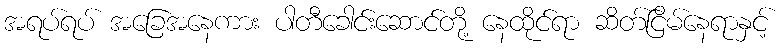
အရပ်ရပ် အခြေအနေကား ပါတီခေါင်းဆောင်တို့ နေထိုင်ရာ ဆိတ်ငြိမ်နေရာနှင့်